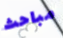
مباحث